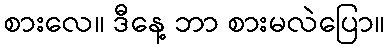
စားလေ။ ဒီနေ့ ဘာ စားမလဲပြော။